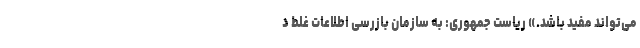
می‌تواند مفید باشد.» ریاست جمهوری: به سازمان بازرسی اطلاعات غلط د